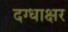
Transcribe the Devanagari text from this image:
दग्धाक्षर